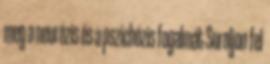
meg a neurózis és a pszichózis fogalmát Soroljon fel